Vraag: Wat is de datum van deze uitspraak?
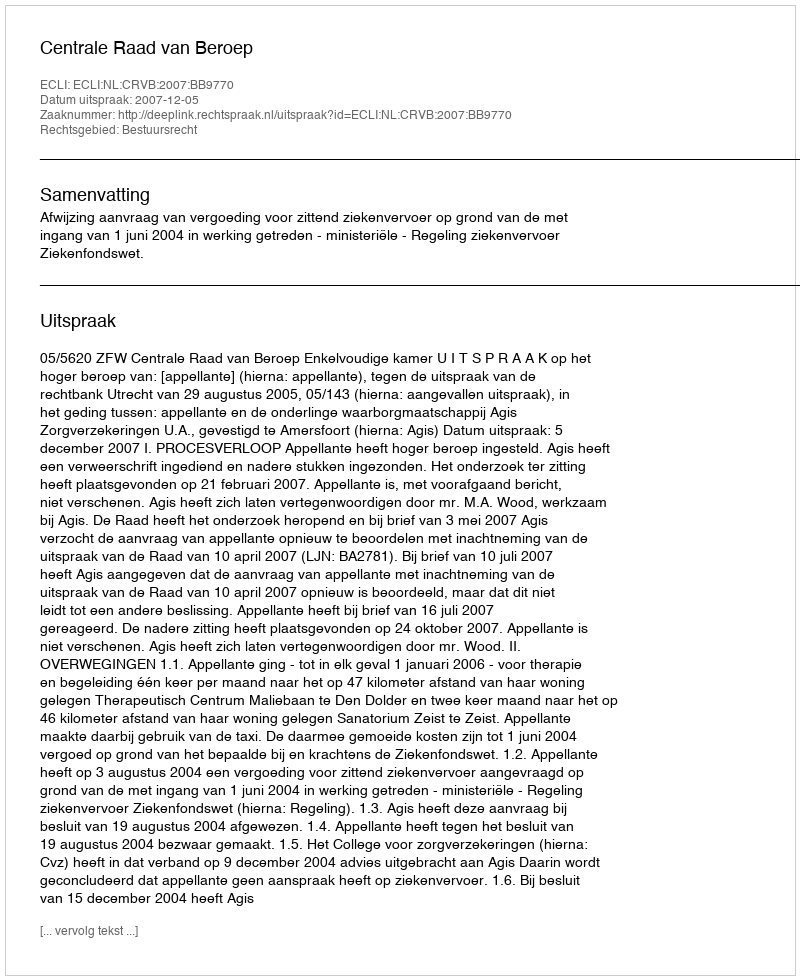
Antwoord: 2007-12-05